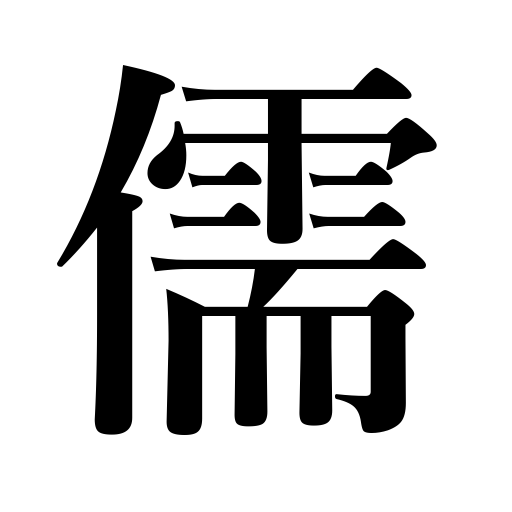
Meanings: Confucianism,Confucianist,Chinese scholar